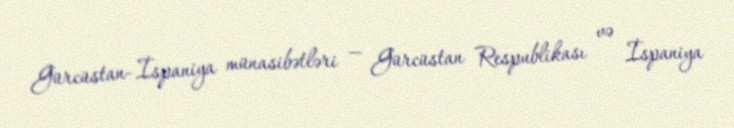
Gürcüstan–İspaniya münasibətləri — Gürcüstan Respublikası və İspaniya